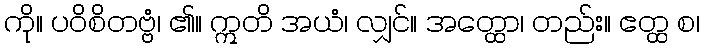
ကို။ ပဝိစိတဗ္ဗံ၊ ၏။ ဣတိ အယံ၊ လျှင်။ အတ္ထော၊ တည်း။ ဧတ္ထ စ၊